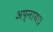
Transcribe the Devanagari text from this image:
अप्नाया।